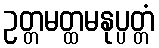
ဥတ္တမတ္ထမနုပ္ပတ္တံ